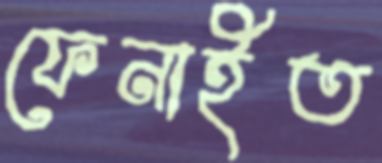
ফেনাইত